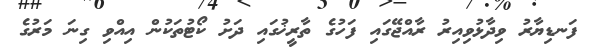
ފަނޑިޔާރު ވިދާޅުވިއިރު ރާއްޖޭގައި ފަހުގެ ތާރީޚުގައި ދަށު ކޯޓުތަކުން އިއްވި ގިނަ މަރުގެ